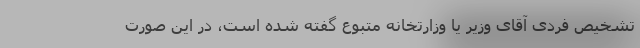
تشخیص فردی آقای وزیر یا وزارتخانه متبوع گفته شده است، در این صورت